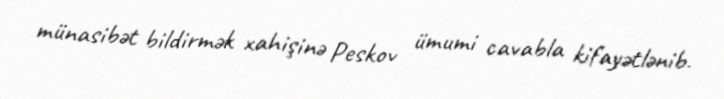
münasibət bildirmək xahişinə Peskov ümumi cavabla kifayətlənib.